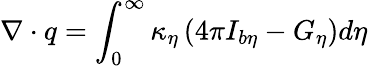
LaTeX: \nabla\cdot q=\int_{0}^{\infty}\kappa_{\eta}\left(4\pi I_{b\eta}-G_{\eta}\right)d\eta